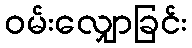
ဝမ်းလျှောခြင်း